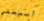
أسمعني